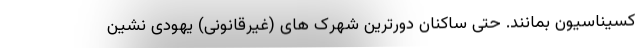
کسیناسیون بمانند. حتی ساکنان دورترین شهرک های (غیرقانونی) یهودی نشین